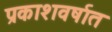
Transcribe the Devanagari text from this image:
प्रकाशवर्षात